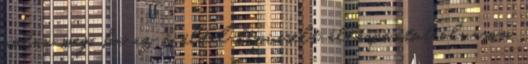
volna meg, ha az ő által képviselt álláspontot olvasom